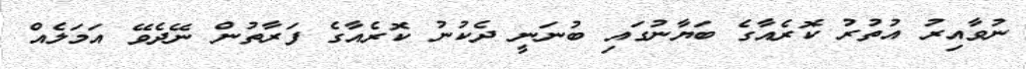
ނުވާއިރު އުތުރު ކޮރެއާގެ ބަޔާނުގައި ބުނަނީ ދެކުނު ކޮރެއާގެ ފަރާތުން ނޭދެވޭ އަމަލެއް